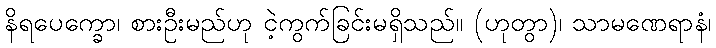
နိရပေက္ခော၊ စားဦးမည်ဟု ငဲ့ကွက်ခြင်းမရှိသည်။ (ဟုတွာ)၊ သာမဏေရာနံ၊